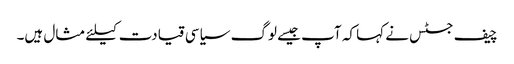
چیف جسٹس نے کہا کہ آپ جیسے لوگ سیاسی قیادت کیلئے مثال ہیں۔